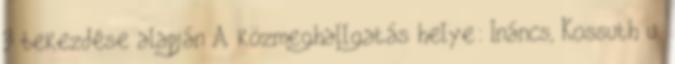
3 bekezdése alapján A közmeghallgatás helye: Ináncs, Kossuth u.